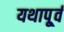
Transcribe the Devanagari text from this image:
यथापू्र्व